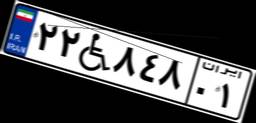
۲۲W۸۴۸۰۱